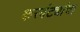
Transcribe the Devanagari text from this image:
करवंट्यांचा